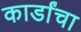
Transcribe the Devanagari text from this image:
कार्डांचा